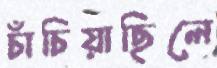
চাঁচিয়াছিলে